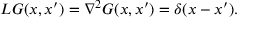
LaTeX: L G ( x , x ^ { \prime } ) = \nabla ^ { 2 } G ( x , x ^ { \prime } ) = \delta ( x - x ^ { \prime } ) .